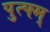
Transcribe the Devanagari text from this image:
पुत्फ्म्